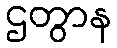
ဌတွာန